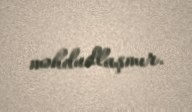
məhdudlaşmır.